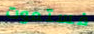
فستموت